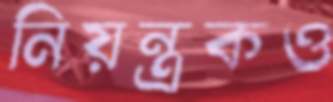
নিয়ন্ত্রকও